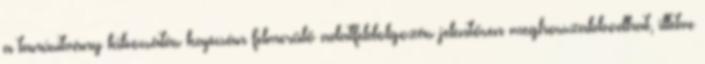
a tanúsítvány kibocsátás kapcsán felmerülő adatfeldolgozás jelentősen meghosszabbodhat, illetve